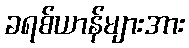
ခရစ်ယာန်များအား